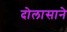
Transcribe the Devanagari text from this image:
दोलासाने